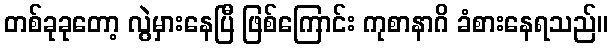
တစ်ခုခုတော့ လွဲမှားနေပြီ ဖြစ်ကြောင်း ကုစာနာဂိ ခံစားနေရသည်။